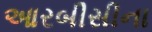
આરબીસીના